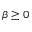
\beta \ge 0